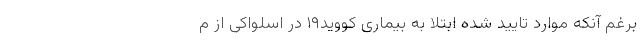
برغم آنکه موارد تایید شده ابتلا به بیماری کووید۱۹ در اسلواکی از م